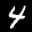
Label: 4